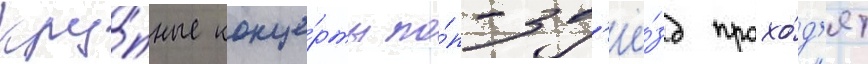
Кру́пные конце́рты по́п-зв'ё́зд прохо́д'ят